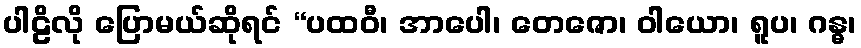
ပါဠိလို ပြောမယ်ဆိုရင် “ပထဝီ၊ အာပေါ၊ တေဇော၊ ဝါယော၊ ရူပ၊ ဂန္ဓ၊